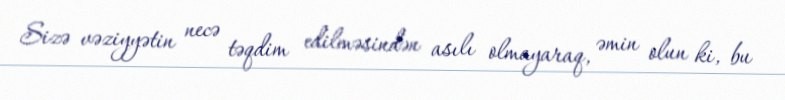
Sizə vəziyyətin necə təqdim edilməsindən asılı olmayaraq, əmin olun ki, bu